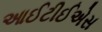
આઈટીઈએસ